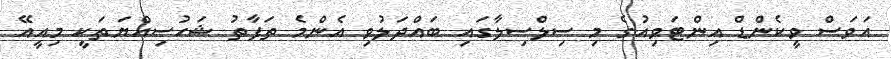
އަވަސް ވީކެންޑް އިންޓަވިއުގެ މި ސިލްސިލާގައި ބައްދަލުވި އެންމެ ތަފާތު ޝަހުސިއްޔަތަކީ މިއީއޭ